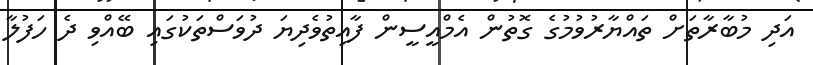
އަދި މުބާރާތަށް ތައްޔާރުވުމުގެ ގޮތުން އެމްއީސީން ފާއިތުވެދިޔަ ދުވަސްތަކުގައި ބޭއްވި ދެ ހަފުލާ